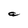
Character: a